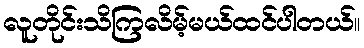
လူတိုင်းသိကြလိမ့်မယ်ထင်ပါတယ်။